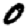
Digit: 0